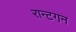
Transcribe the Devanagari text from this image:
रान्टगन